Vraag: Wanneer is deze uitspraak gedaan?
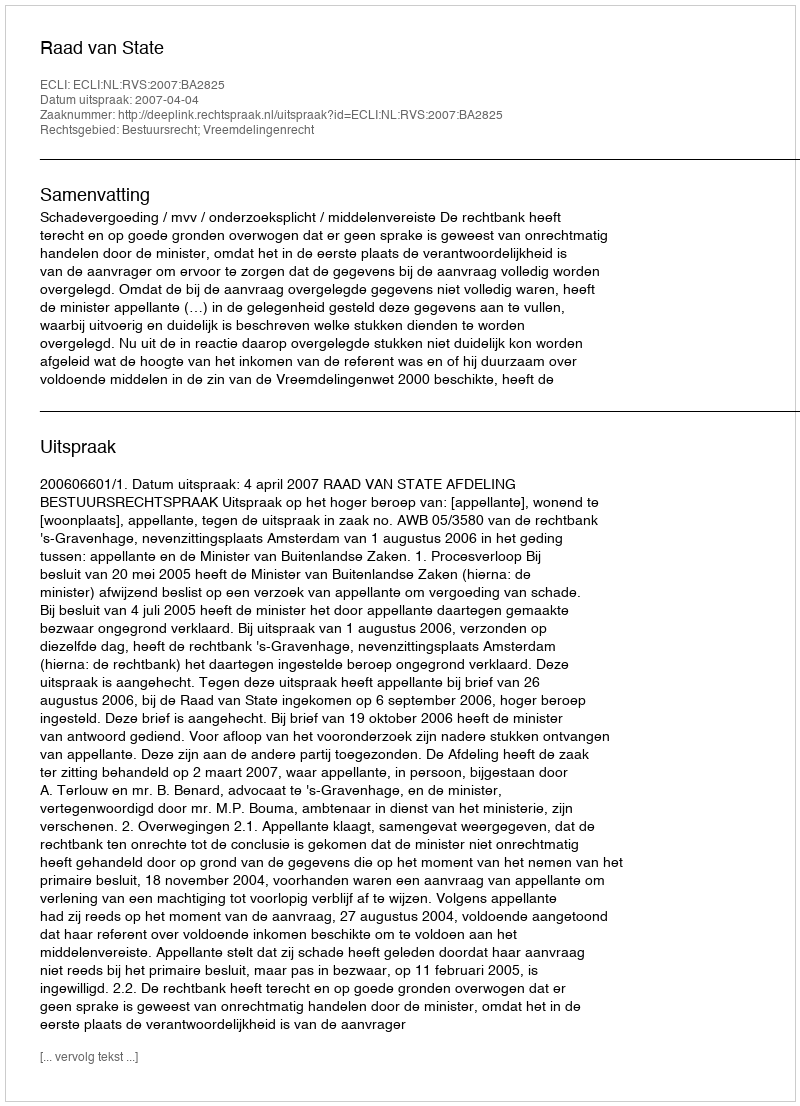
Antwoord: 2007-04-04